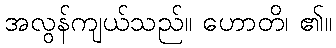
အလွန်ကျယ်သည်။ ဟောတိ၊ ၏။